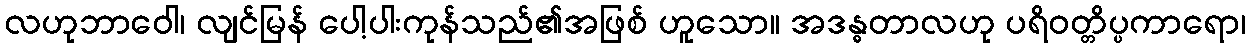
လဟုဘာဝေါ၊ လျင်မြန် ပေါ့ပါးကုန်သည်၏အဖြစ် ဟူသော။ အဒန္ဓတာလဟု ပရိဝတ္တိပ္ပကာရော၊